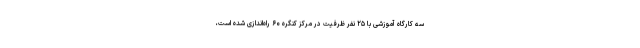
سه کارگاه آموزشی با ۲۵ نفر ظرفیت در مرکز کنگره ۶۰ راه‌اندازی شده است،